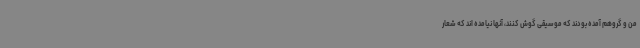
من و گروهم آمده بودند که موسیقی گوش کنند، آنها نیامده اند که شعار